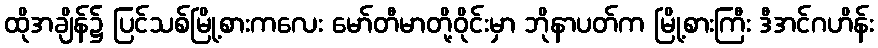
ထိုအချိန်၌ ပြင်သစ်မြို့စားကလေး မော်တီမာတို့ဝိုင်းမှာ ဘိုနာပတ်က မြို့စားကြီး ဒီအင်ဂဟိန်း